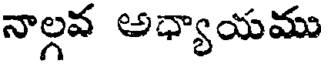
నాల్గవ అధ్యాయము